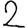
Digit: 2